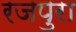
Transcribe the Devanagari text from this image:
रजपुरा